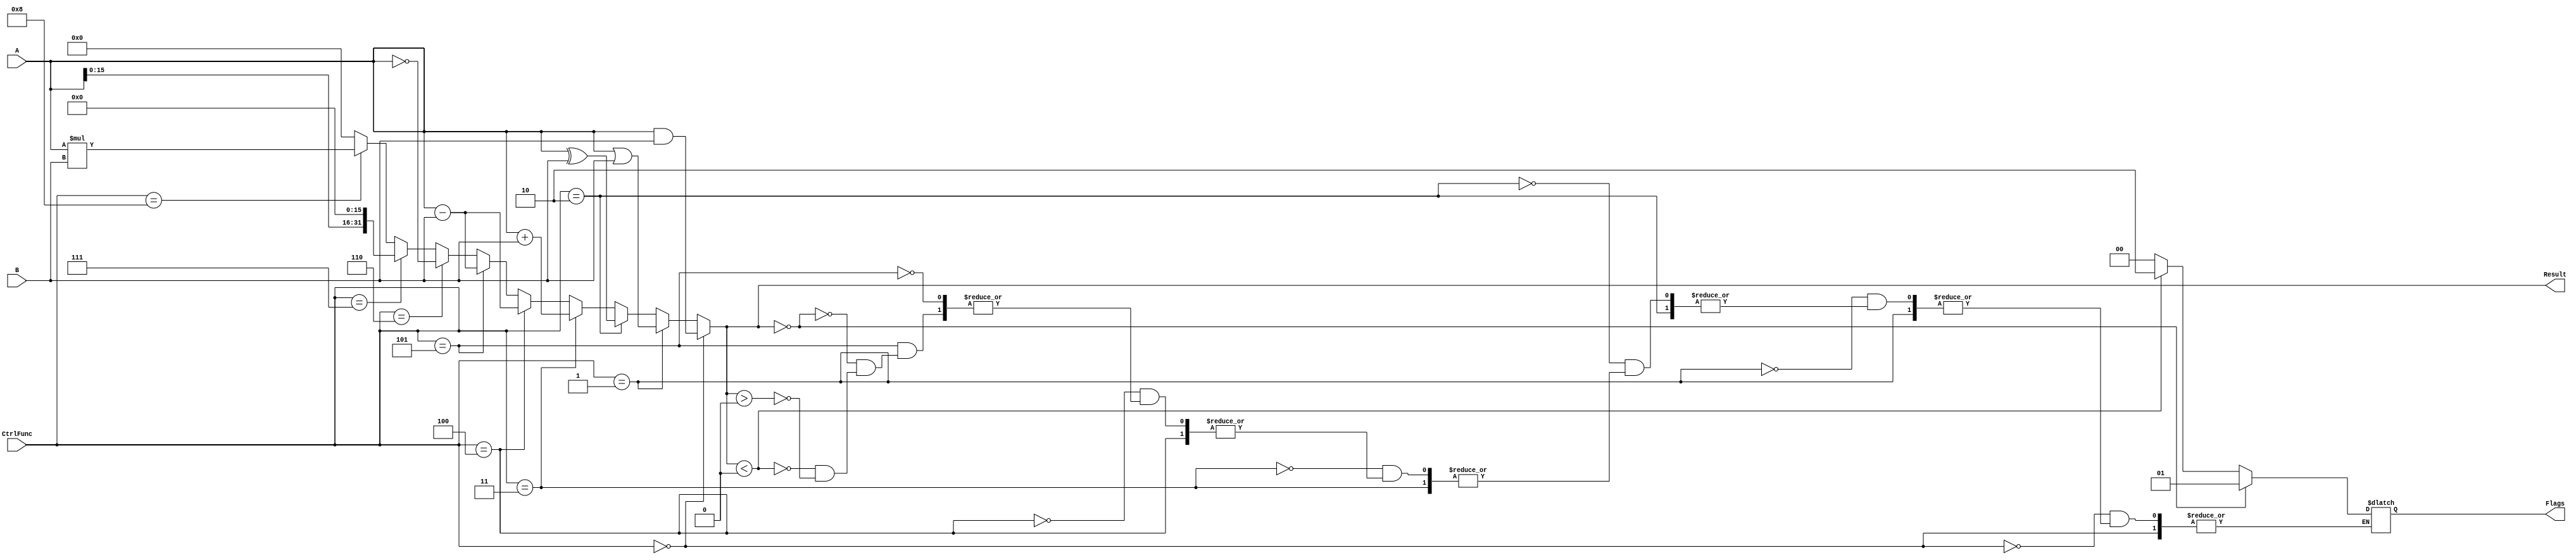
module ALU(
    input [31:0] A,
    input [31:0] B,
    input [3:0] CtrlFunc,
    output reg signed [31:0] Result,
    output reg [1:0] Flags
	 );


initial begin
Result <= 0;
Flags <= 0;
end

always@(*)
begin

if(CtrlFunc == 4'b0000) //AND
	Result <= A & B;
	
else if(CtrlFunc == 4'b0001) //OR
	Result <= A | B;

else if(CtrlFunc == 4'b0010) //XOR
	Result <= A ^ B;
	
else if(CtrlFunc == 4'b0011)//Suma
	Result <= A + B;
	
else if(CtrlFunc == 4'b0100) //Resta
	Result <= A - B;

else if(CtrlFunc == 4'b0101) //CMP
	begin
		Result <= A - B;
		if(Result == 32'd0)
			Flags <= 2'b01;

		else if(Result < 0)
			Flags <= 2'b10;
			
		else if(Result > 0)
			Flags <= 2'b00;
	end
else if(CtrlFunc == 4'b0110) //not
	Result <= ~A;
else if(CtrlFunc == 4'b0111) //shifter
	Result <= {A[15:0], {16{1'b0}}};
else if(CtrlFunc == 4'b1000) //mult
	Result <= A*B;
else
	Result <= 0;
end
endmodule